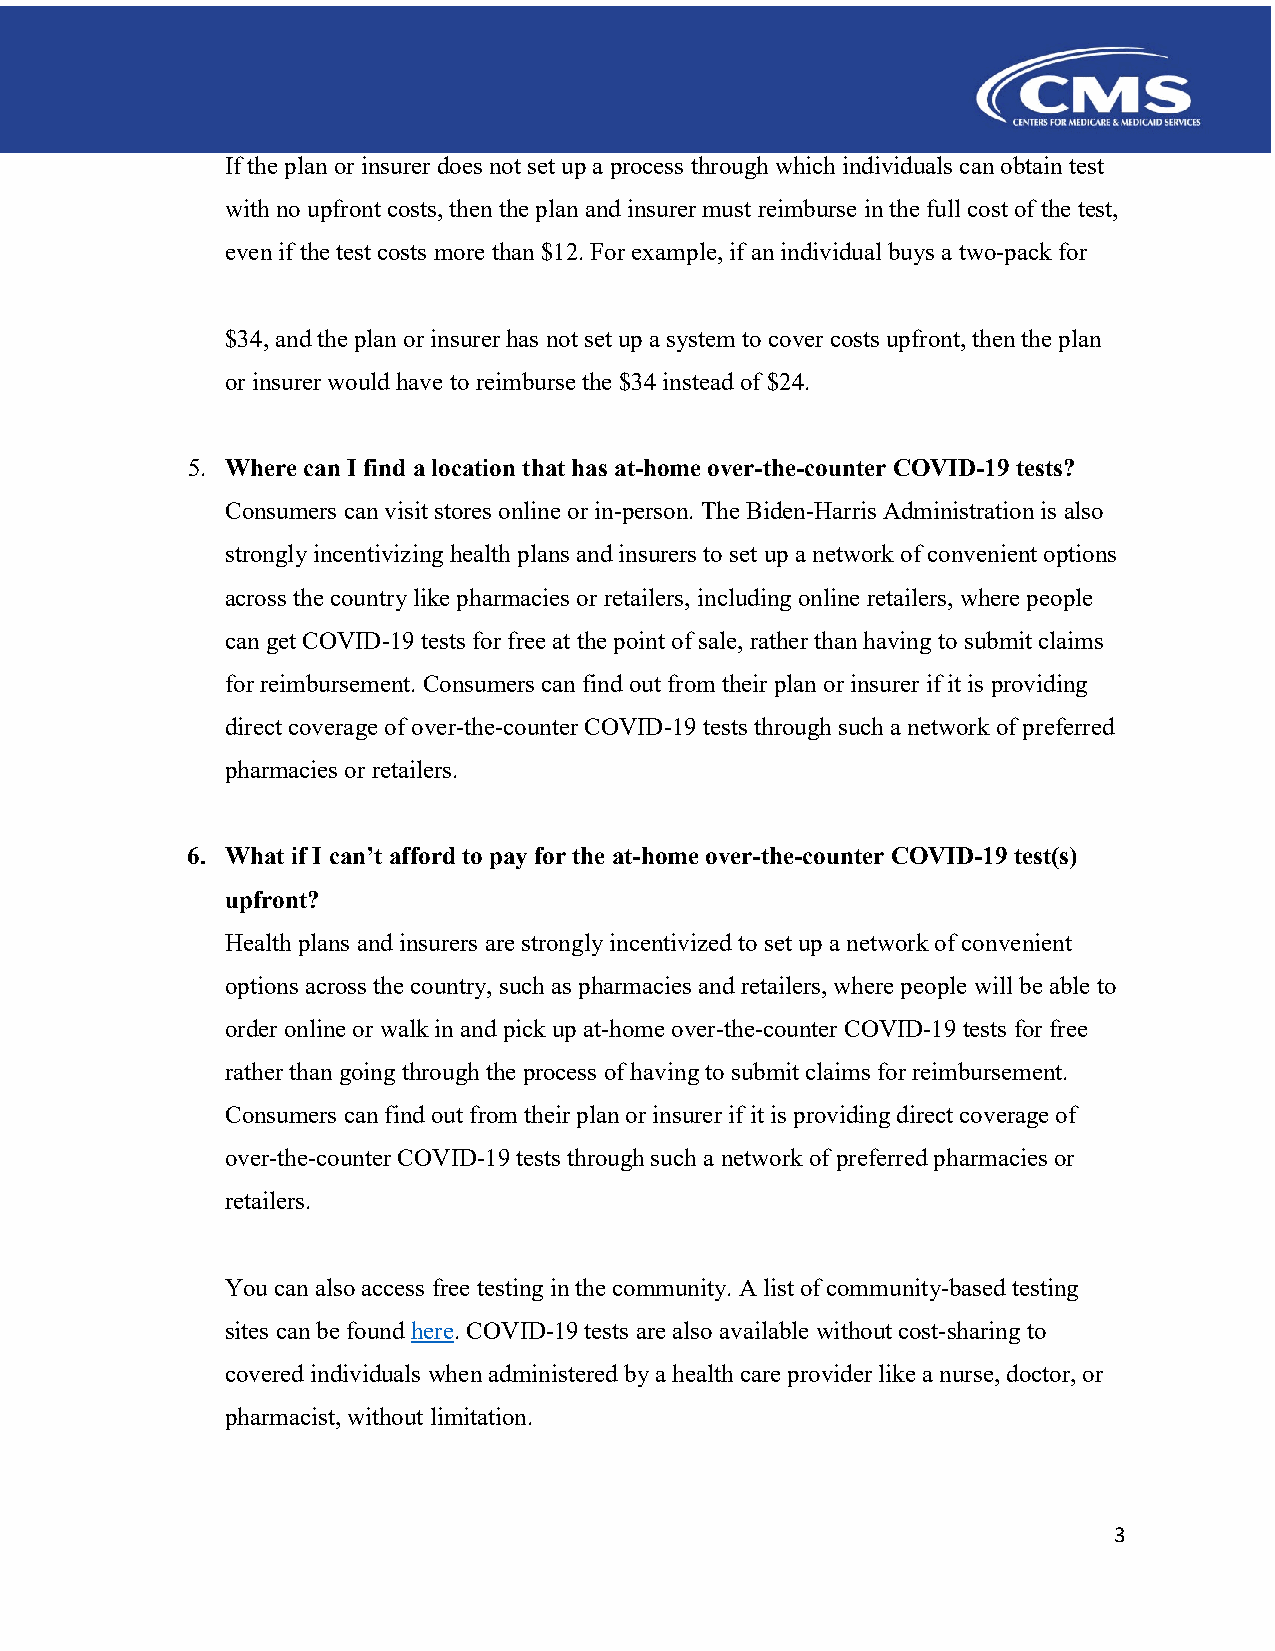
If the plan or insurer does not set up a process through which individuals can obtain test
 with no upfront costs, then the plan and insurer must reimburse in the full cost of the test,
 even if the test costs more than $12. For example, if an individual buys a two-pack for
 $34, and the plan or insurer has not set up a system to cover costs upfront, then the plan
 or insurer would have to reimburse the $34 instead of $24.
 5. Where can I find a location that has at-home over-the-counter COVID-19 tests?
 Consumers can visit stores online or in-person. The Biden-Harris Administration is also
 strongly incentivizing health plans and insurers to set up a network of convenient options
 across the country like pharmacies or retailers, including online retailers, where people
 can get COVID-19 tests for free at the point of sale, rather than having to submit claims
 for reimbursement. Consumers can find out from their plan or insurer if it is providing
 direct coverage of over-the-counter COVID-19 tests through such a network of preferred
 pharmacies or retailers.
 6. What if I can’t afford to pay for the at-home over-the-counter COVID-19 test(s)
 upfront?
 Health plans and insurers are strongly incentivized to set up a network of convenient
 options across the country, such as pharmacies and retailers, where people will be able to
 order online or walk in and pick up at-home over-the-counter COVID-19 tests for free
 rather than going through the process of having to submit claims for reimbursement.
 Consumers can find out from their plan or insurer if it is providing direct coverage of
 over-the-counter COVID-19 tests through such a network of preferred pharmacies or
 retailers.
 You can also access free testing in the community. A list of community-based testing
 sites can be found here. COVID-19 tests are also available without cost-sharing to
 covered individuals when administered by a health care provider like a nurse, doctor, or
 pharmacist, without limitation.
 3